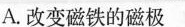
A.改变磁铁的磁极